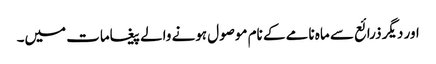
اور دیگر ذرائع سے ماہ نامے کے نام موصول ہونے والے پیغامات میں۔